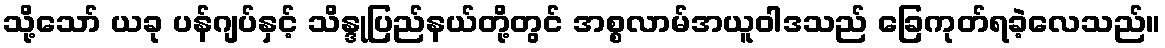
သို့သော် ယခု ပန်ဂျပ်နှင့် သိန္ဒုပြည်နယ်တို့တွင် အစ္စလာမ်အယူဝါဒသည် ခြေကုတ်ရခဲ့လေသည်။